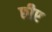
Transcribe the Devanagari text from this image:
छीए